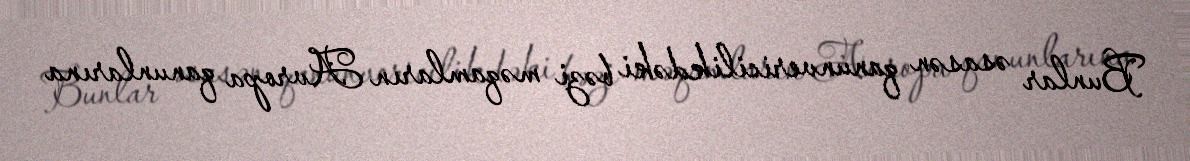
Bunlar əsasən qanunvericilikdəki bəzi məqamların Avropa qanunlarına